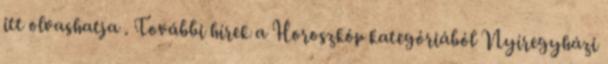
itt olvashatja . További hírek a Horoszkóp kategóriából Nyíregyházi